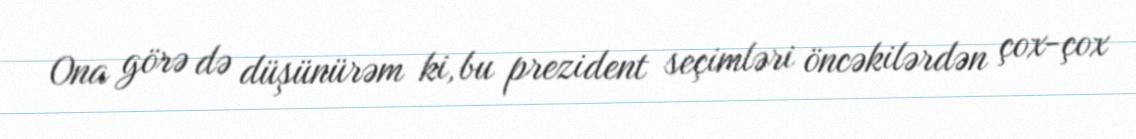
Ona görə də düşünürəm ki, bu prezident seçimləri öncəkilərdən çox-çox